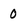
Character: 0